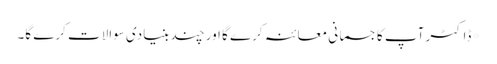
*ڈاکٹر آپ کا جسمانی معائنہ کرے گا اور چند بنیادی سوالات کرے گا۔